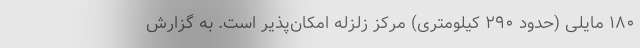
۱۸۰ مایلی (حدود ۲۹۰ کیلومتری) مرکز زلزله امکان‌پذیر است. به گزارش